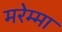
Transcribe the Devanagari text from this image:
मरेम्मा